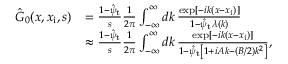
\begin{array} { r l } { \hat { G } _ { 0 } ( x , x _ { \mathrm { i } } , s ) } & { = \frac { 1 - \hat { \psi } _ { \mathrm { t } } } { s } \frac { 1 } { 2 \pi } \int _ { - \infty } ^ { \infty } d k \, \frac { \exp [ - i k ( x - x _ { \mathrm { i } } ) ] } { 1 - \hat { \psi } _ { \mathrm { t } } \lambda ( k ) } } \\ & { \approx \frac { 1 - \hat { \psi } _ { \mathrm { t } } } { s } \frac { 1 } { 2 \pi } \int _ { - \infty } ^ { \infty } d k \, \frac { \exp [ - i k ( x - x _ { \mathrm { i } } ) ] } { 1 - \hat { \psi } _ { \mathrm { t } } \left[ 1 + i A k - ( B / 2 ) k ^ { 2 } \right] } , } \end{array}